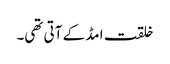
خلقت امڈ کے آتی تھی۔